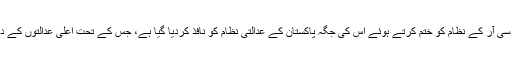
یاد رہے کہ انضمام کے بعد 116 برس سے نافذ ایف سی آر کے نظام کو ختم کرتے ہوئے اس کی جگہ پاکستان کے عدالتی نظام کو نافذ کردیا گیا ہے، جس کے تحت اعلیٰ عدالتوں کے دائرہ کار کو قبائلی اضلاع تک توسیع دے دی گئی ہے۔